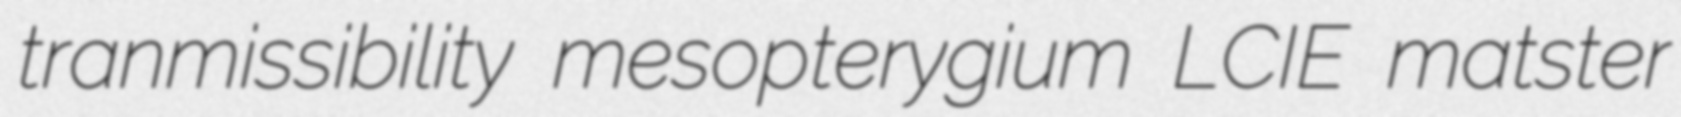
tranmissibility mesopterygium LCIE matster